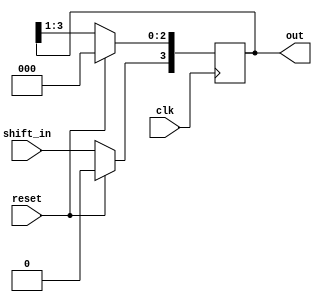
`timescale 1ns / 1ps

module shift_register(clk,shift_in,out,reset);
input shift_in,clk,reset;
output [3:0] out;
reg [3:0] out;

initial out=4'b0000;

always@(posedge clk) begin
    if(reset==1'b1) begin
        out=4'b0000;
    end
    else begin
        out<=out>>1;
        out[3]<=shift_in;
    end
end
endmodule